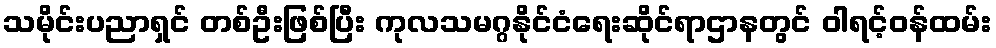
သမိုင်းပညာရှင် တစ်ဦးဖြစ်ပြီး ကုလသမဂ္ဂနိုင်ငံရေးဆိုင်ရာဌာနတွင် ဝါရင့်ဝန်ထမ်း